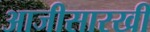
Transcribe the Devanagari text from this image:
आजीसारखी